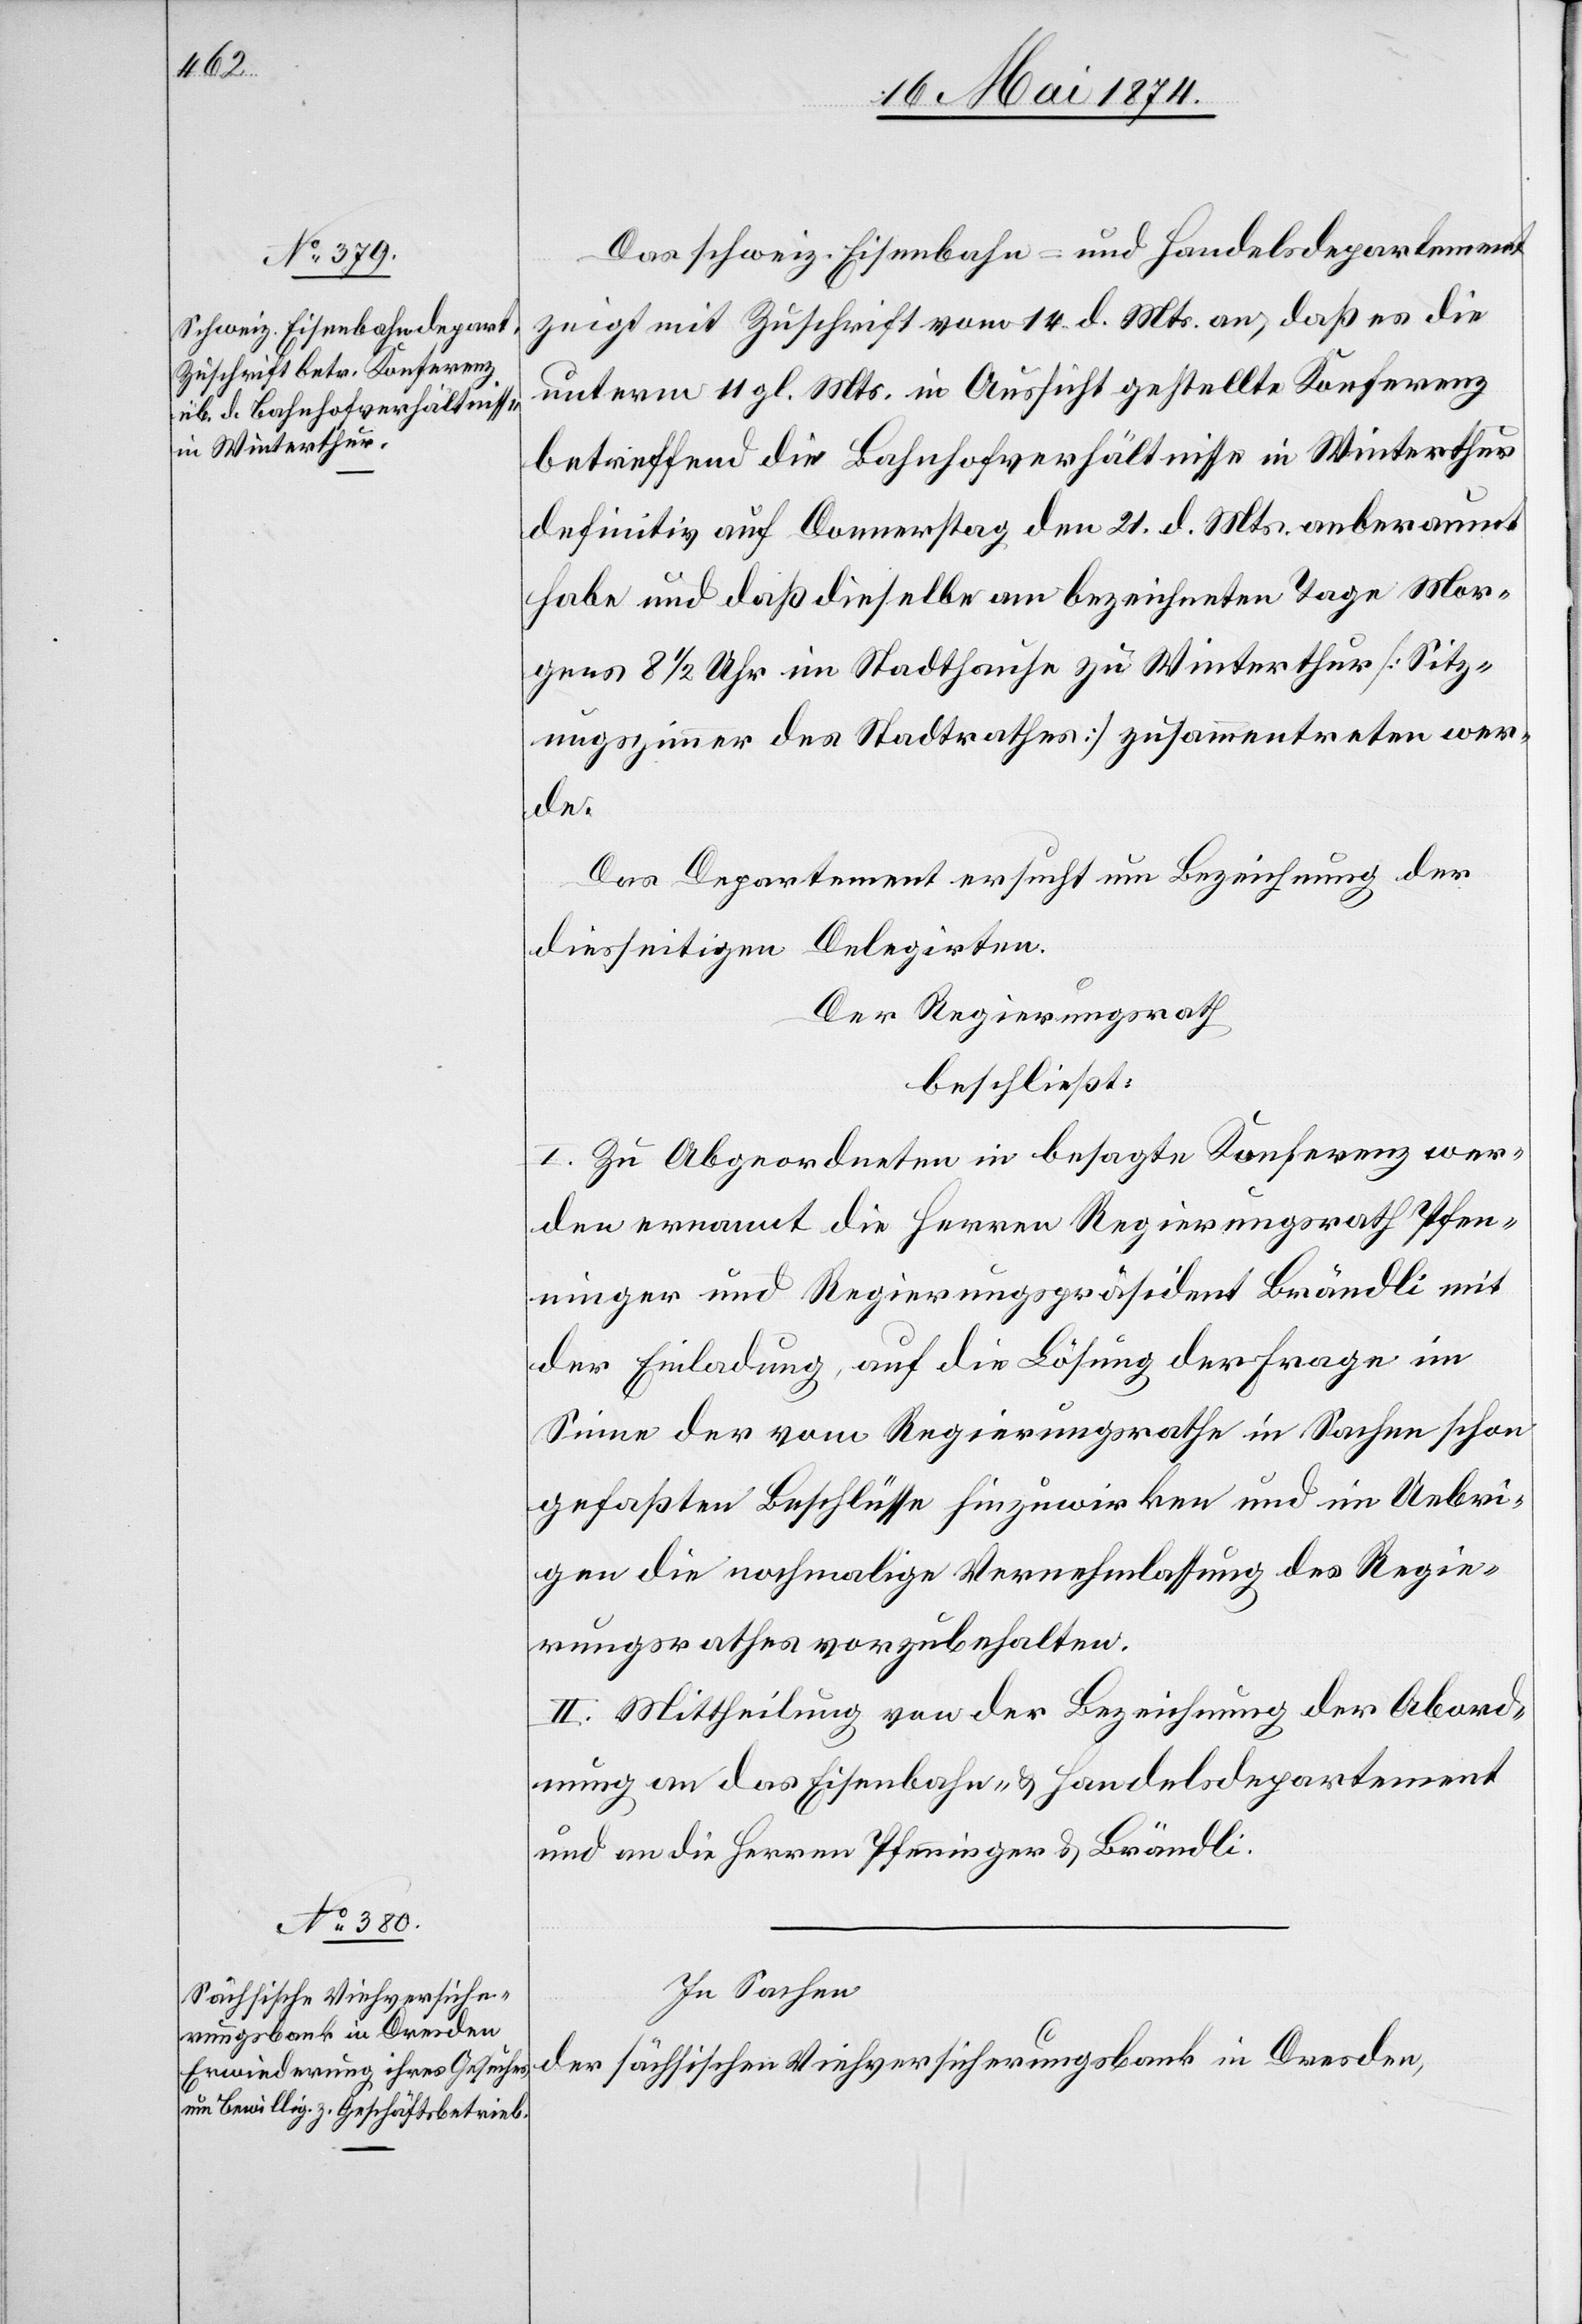
Das schweiz. Eisenbahn- und Handelsdepartement
zeigt mit Zuschrift vom 14. d. Mts. an, daß es die
unterm 11. gl. Mts. in Aussicht gestellte Konferenz
betreffend die Bahnhofverhältnisse in Winterthur
definitiv auf Donnerstag den 21. d. Mts. anberaumt
habe und daß dieselbe am bezeichneten Tage Mor¬
gens 8 1/2 Uhr im Stadthause zu Winterthur [Sitz¬
ungszimmer des Stadtrathes] zusammentreten wer¬
de.
Das Departement ersucht um Bezeichnung der
diesseitigen Delegirten.
Der Regierungsrath
beschließt:
I. Zu Abgeordneten in besagte Konferenz wer¬
den ernannt die Herren Regierungsrath Pfen¬
ninger und Regierungspräsident Brändli mit
der Einladung, auf die Lösung der Frage im
Sinne der vom Regierungsrathe in Sachen schon
gefaßten Beschlüsse hinzuwirken und im Uebri¬
gen die nochmalige Vernehmlassung des Regie¬
rungsrathes vorzubehalten.
II. Mittheilung von der Bezeichnung der Abord¬
nung an das Eisenbahn- u. Handelsdepartement
und an die Herren Pfenninger u. Brändli.
In Sachen
der sächsischen Viehversicherungsbank in Dresden,